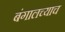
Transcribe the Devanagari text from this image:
बंगालच्याच